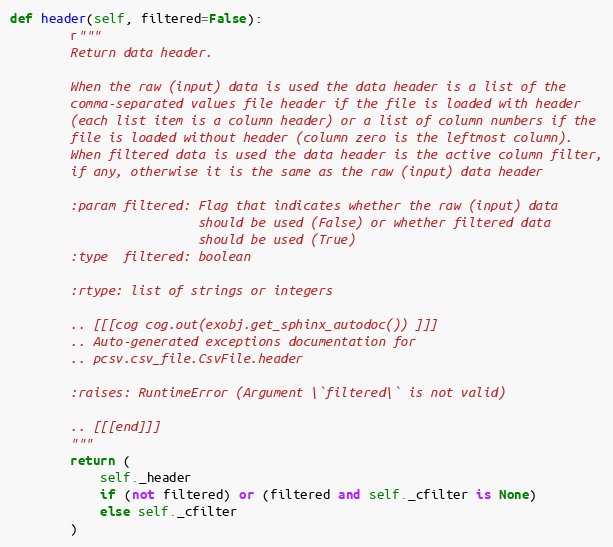
Language: Python
def header(self, filtered=False):
        r"""
        Return data header.

        When the raw (input) data is used the data header is a list of the
        comma-separated values file header if the file is loaded with header
        (each list item is a column header) or a list of column numbers if the
        file is loaded without header (column zero is the leftmost column).
        When filtered data is used the data header is the active column filter,
        if any, otherwise it is the same as the raw (input) data header

        :param filtered: Flag that indicates whether the raw (input) data
                         should be used (False) or whether filtered data
                         should be used (True)
        :type  filtered: boolean

        :rtype: list of strings or integers

        .. [[[cog cog.out(exobj.get_sphinx_autodoc()) ]]]
        .. Auto-generated exceptions documentation for
        .. pcsv.csv_file.CsvFile.header

        :raises: RuntimeError (Argument \`filtered\` is not valid)

        .. [[[end]]]
        """
        return (
            self._header
            if (not filtered) or (filtered and self._cfilter is None)
            else self._cfilter
        )